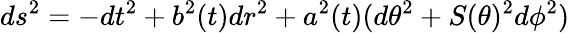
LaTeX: ds^{2}=-dt^{2}+b^{2}(t)dr^{2}+a^{2}(t)(d\theta^{2}+S(\theta)^{2}d\phi^{2})